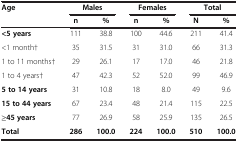
| Age | <COLSPAN=2> Males | <COLSPAN=2> Females | <COLSPAN=2> Total |
 |  | n | % | n | % | N | % |
 | --- | --- | --- | --- | --- | --- | --- |
 | <5 years | 111 | 38.8 | 100 | 44.6 | 211 | 41.4 |
 | <1 month† | 35 | 31.5 | 31 | 31.0 | 66 | 31.3 |
 | 1 to 11 months† | 29 | 26.1 | 17 | 17.0 | 46 | 21.8 |
 | 1 to 4 years† | 47 | 42.3 | 52 | 52.0 | 99 | 46.9 |
 | 5 to 14 years | 31 | 10.8 | 18 | 8.0 | 49 | 9.6 |
 | 15 to 44 years | 67 | 23.4 | 48 | 21.4 | 115 | 22.5 |
 | ≥45 years | 77 | 26.9 | 58 | 25.9 | 135 | 26.5 |
 | Total | 286 | 100.0 | 224 | 100.0 | 510 | 100.0 |